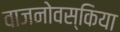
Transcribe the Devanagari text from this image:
वाजनोवस्किया